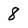
Character: 8